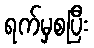
ရက်မှစပြီး